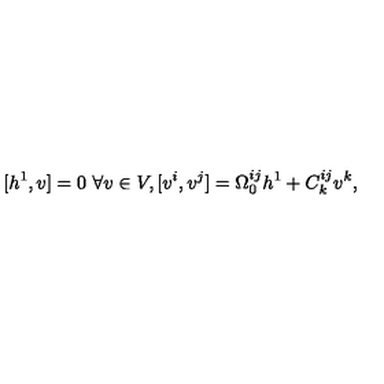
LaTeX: [ h ^ { 1 } , v ] = 0 \ \forall v \in V , [ v ^ { i } , v ^ { j } ] = \Omega _ { 0 } ^ { i j } h ^ { 1 } + C _ { k } ^ { i j } v ^ { k } ,